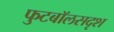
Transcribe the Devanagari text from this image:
फुटबॉलसदृश